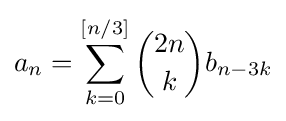
a_{n}=\sum _{k=0}^{[n/3]}{\binom {2n}{k}}b_{n-3k}